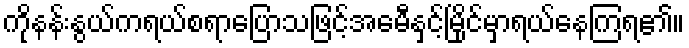
ကိုနန်းနွယ်ကရယ်စရာပြောသဖြင့်အေမီနှင့်မြိုင်မှာရယ်နေကြရ၏။